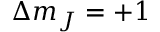
\Delta m _ { J } = + 1